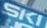
SKI